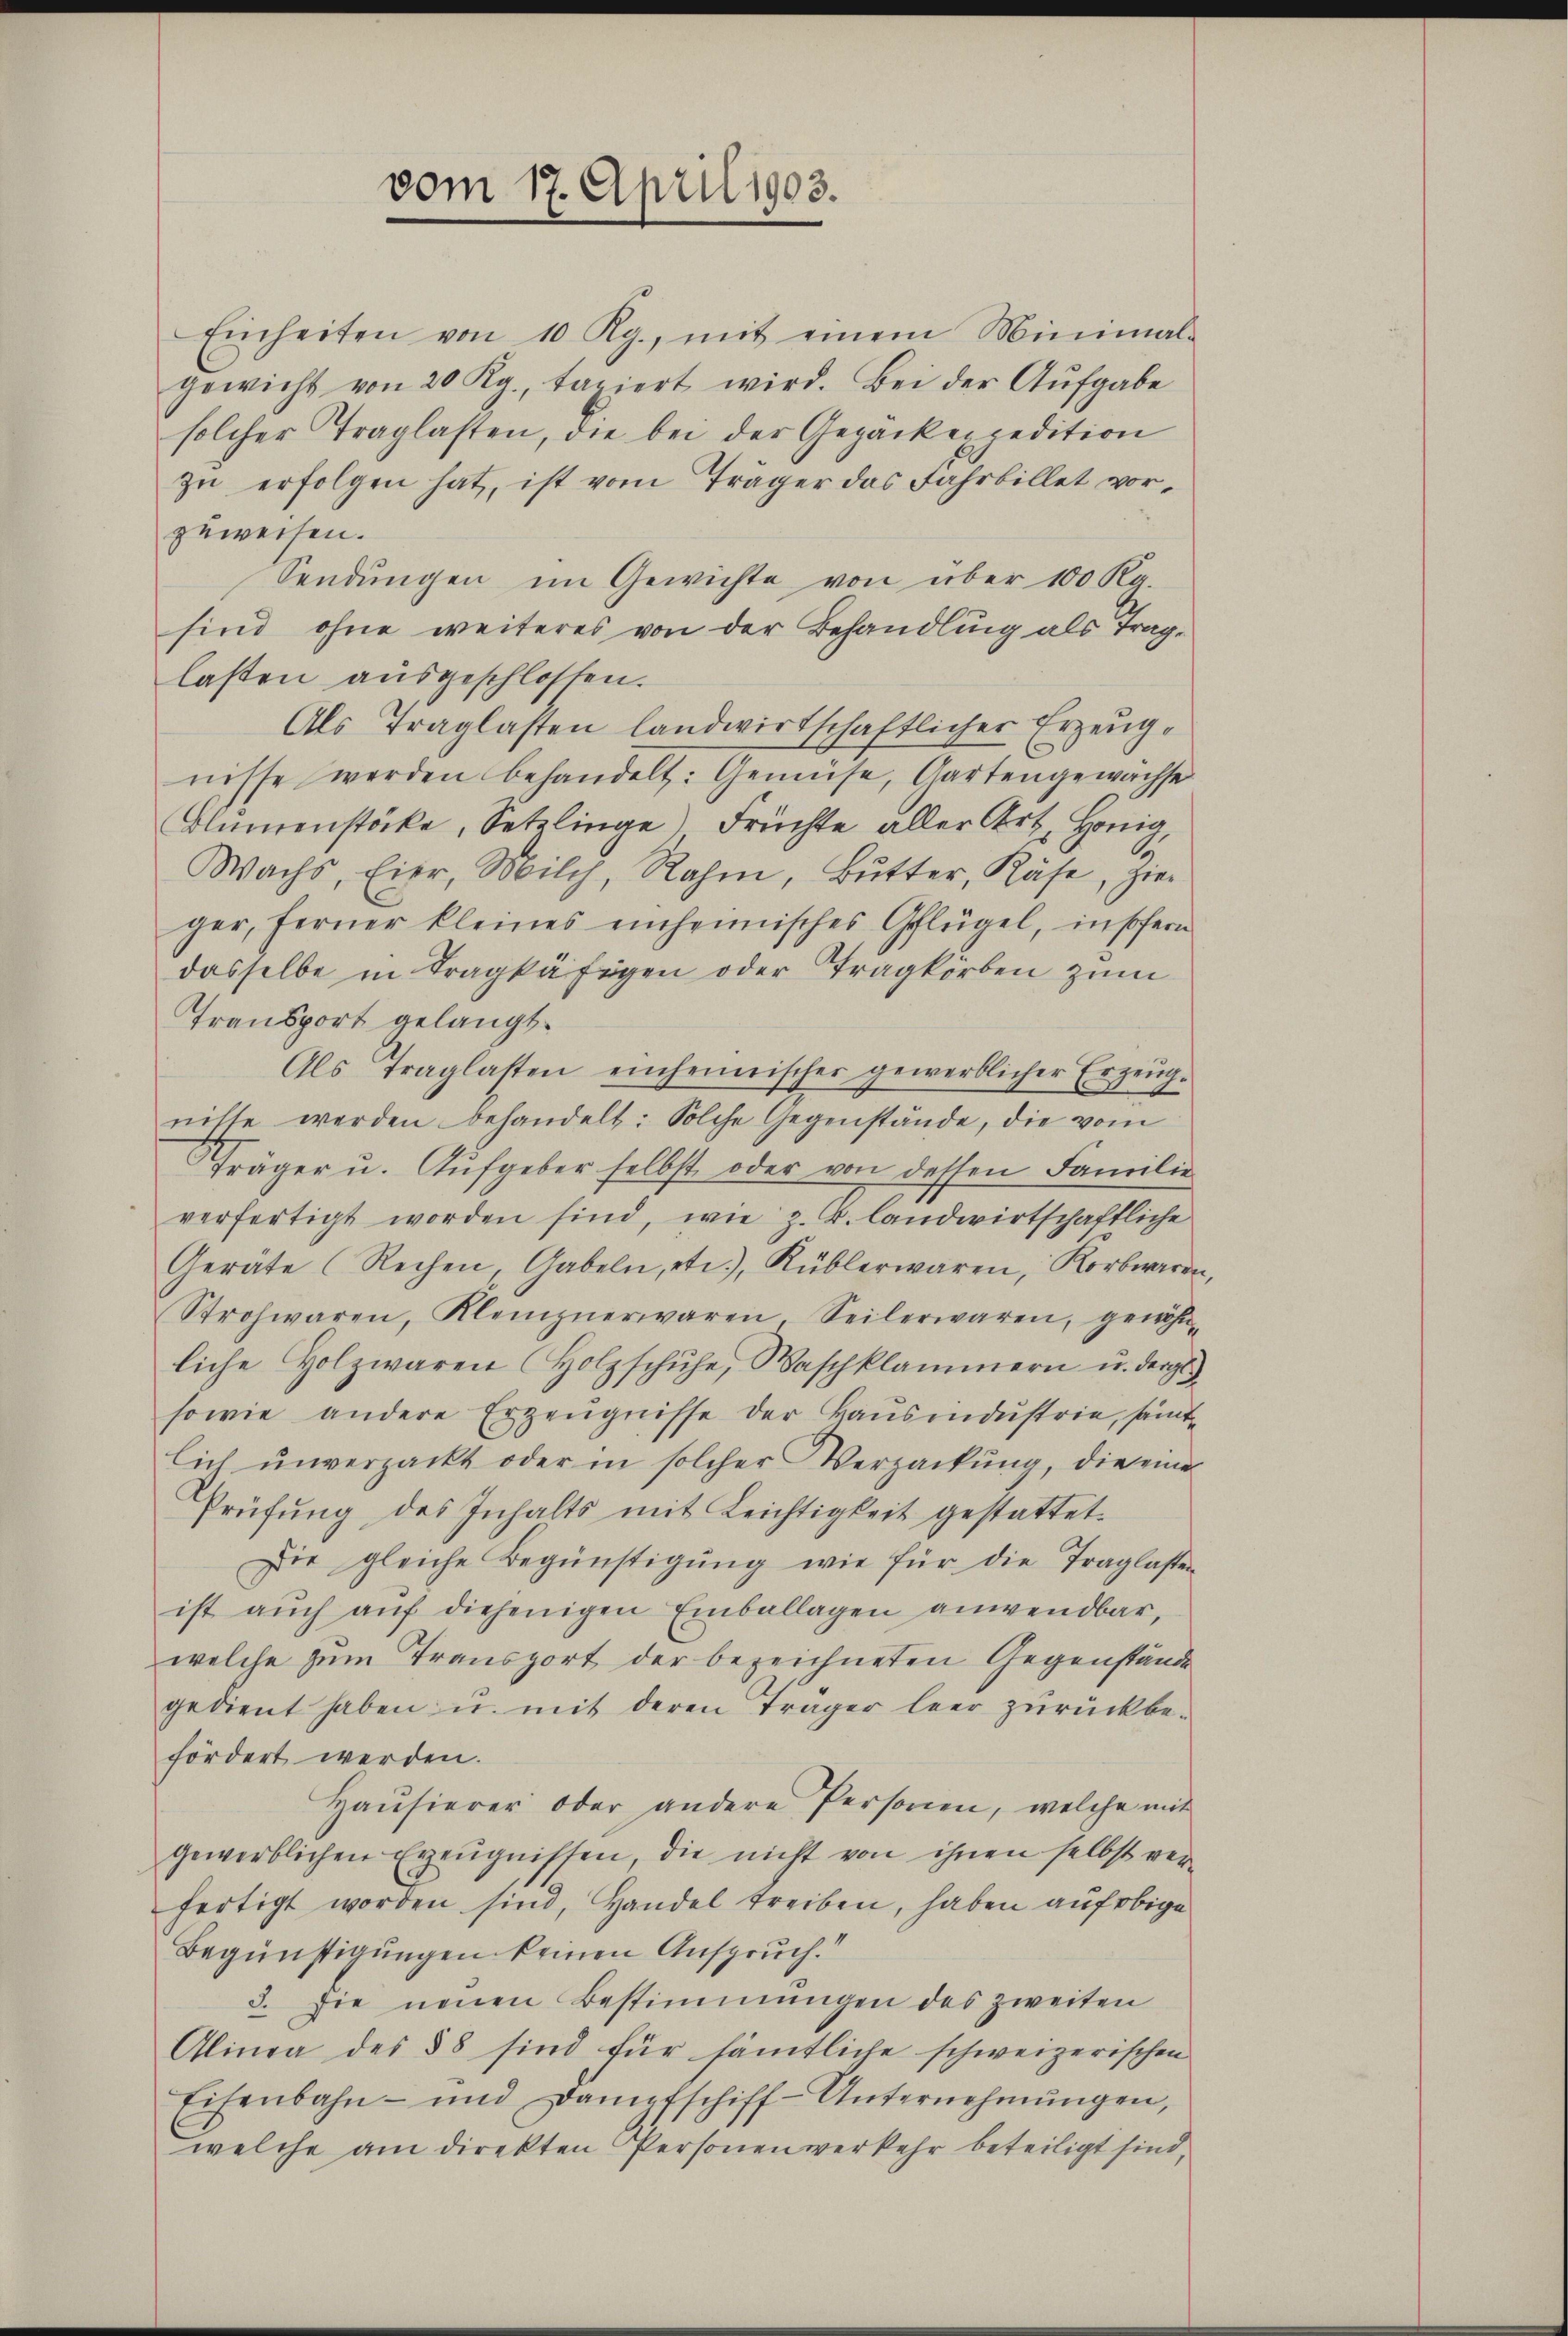
vom 17. April 1903.

Einheiten von 10 Rp., mit einem Minimal-
gewicht von 20 Kg., taxiert wird. Bei der Aŭfgabe
solcher Traglasten, die bei der Gepäckexpedition
zu erfolgen hat, ist vom Träger das Fahrbillet vorzuweisen.
Sendungen im Gewichte von über 100 Rg.
sind ohne weiteres von der Behandlung als Traglasten ausgeschlossen.
Als Traglasten landwirtschaftlicher Erzeugnisse werden behandelt: Gemüse, Gartengewachse
Blumenstöcke, Setzlinge Früchte aller Art. Honig,
Wachs, Eier, Milch, Rahm, Bŭtter, Käse, Zie
ger, ferner kleines einheimisches Geflügel, insofern
dasselbe in Tragkäfigen oder Tragkorben zum
Transport gelangt.
Als Traglasten einheimischer gewerblicher Erzeug-
nisse werden behandelt: Solche Gegenstände, die vom
Träger u. Aufgeber selbst oder von dessen Familie
verfertigt worden sind, wie z. B. landwirtschaftliche
Geräte (Rechen, Gabeln, etc.), Küblerwaren, Korbwaaren,
Strohwaren, Kleinzuerwaren, Seilerwaren, gewöhn-
liche Holzwaren Holzschuhe, Waschklammern u. dergl
sowie andere Erzeugnisse der Hausendustrie, sämtlich ŭnverpackt oder in solcher Verpackung, die eine
Prüfung des Inhalts mit Leichtigkeit gestattet.
Die gleiche Begünstigŭng wie für die Traglasten
ist aŭch aŭf diejenigen Einballagen anwendbar,
welche zum Transport der bezeichneten Gegenstände
gedient haben u. mit deren Träger leer zŭrückbe-
fördert werden.
Hausierer oder andere Personen, welche mit
gewerblichen Erzeugnissen, die nicht von ihnen selbst verfertigt worden sind, Handel treiben, haben auf obige
Begünstigungen keinen Anspruch.“
3. Die neuen Bestimmungen des zweiten
Alinea des §8 sind für sämtliche schweizerischen
Eisenbahn- und Dampfschiff-Unternehmungen,
welche am direkten Personenverkehr beteiligt sind,